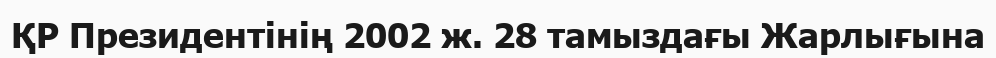
ҚР Президентінің 2002 ж. 28 тамыздағы Жарлығына